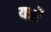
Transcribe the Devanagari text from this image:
यत्रों